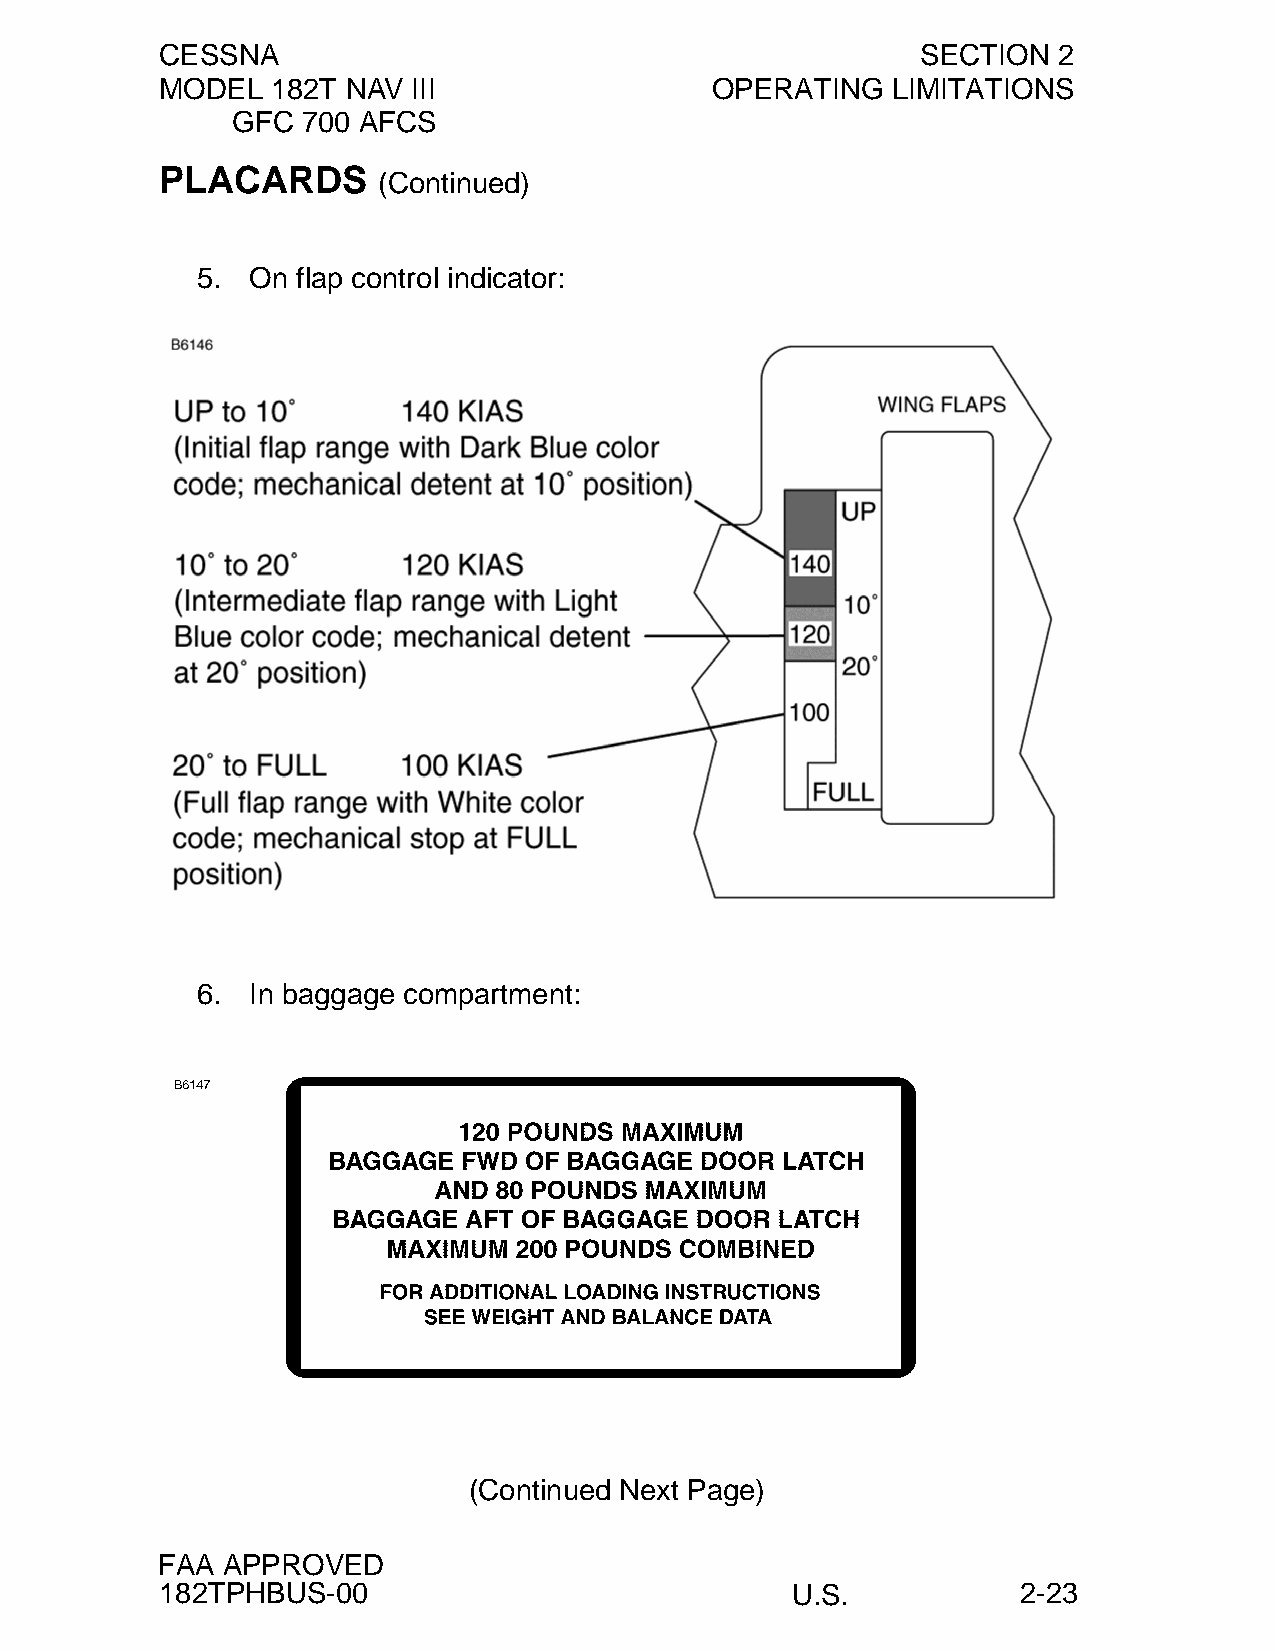
CESSNA                                            SECTION  2
 MODEL  182T NAV III                 OPERATING   LIMITATIONS
 GFC  700 AFCS
 PLACARDS
 (Continued)
 5.  On flap control indicator:
 6.  In baggage compartment:
 (Continued Next Page)
 FAA  APPROVED
 182TPHBUS-00                             U.S.            2-23